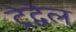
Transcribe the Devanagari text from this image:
ट्रेद्वेल